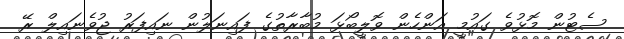
ސެޓުން މޮޅުވެ ގައުމީ އަންހެން ވޮލީބޯޅަ މުބާރާތުގެ ފައިނަލުން ނައިފަރު ޖުވެނައިލް ރޭ